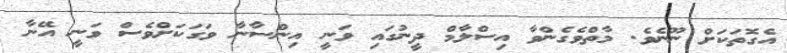
އެގޮތަކަށް ނޫނެވެ. މާތްވެގެންވާ އިސްލާމް ދީނުގައި ވަނީ އިންސާނާ ވަގަކަށްވެސް ވަނީ އޭނާ